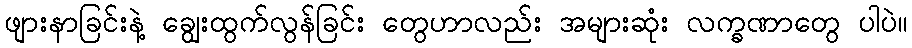
ဖျားနာခြင်းနဲ့ ချွေးထွက်လွန်ခြင်း တွေဟာလည်း အများဆုံး လက္ခဏာတွေ ပါပဲ။